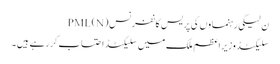
ن لیگی رہنماوں کی پریس کانفرنس PML(N)
سلیکٹڈ وزیراعظم ملک میں سلیکٹڈ احتساب کررہے ہیں ۔